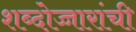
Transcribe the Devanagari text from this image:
शब्दोच्चारांची